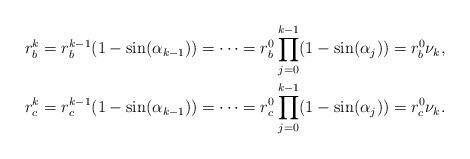
LaTeX: \begin{align*}r_b^k = r_b^{k-1} (1-\sin(\alpha_{k-1})) = \cdots = r_b^0 \prod_{j=0}^{k-1} (1-\sin(\alpha_j))= r_b^0 \nu_k, \\r_c^k = r_c^{k-1} (1-\sin(\alpha_{k-1})) = \cdots = r_c^0 \prod_{j=0}^{k-1} (1-\sin(\alpha_j))= r_c^0 \nu_k. \end{align*}